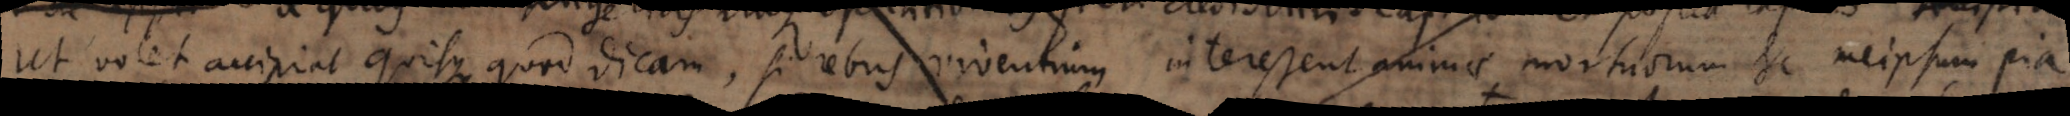
ut volet accipiat quisque quod dicam, si rebus viventium interessent animae mortuorum etc. meipsum pia